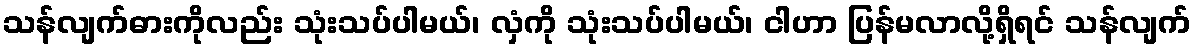
သန်လျက်ဓားကိုလည်း သုံးသပ်ပါမယ်၊ လှံကို သုံးသပ်ပါမယ်၊ ငါဟာ ပြန်မလာလို့ရှိရင် သန်လျက်